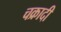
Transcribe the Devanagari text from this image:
चक्रादी